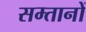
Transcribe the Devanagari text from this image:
सम्तानों